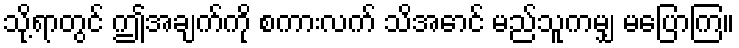
သို့ရာတွင် ဤအချက်ကို စကားလက် သိအောင် မည်သူကမျှ မပြောကြ။